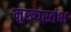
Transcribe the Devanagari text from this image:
मुख्यस्तंभ